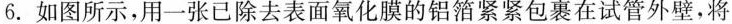
6. 如图所示，用一张已除去表面氧化膜的铝箔紧紧包裹在试管外壁，将